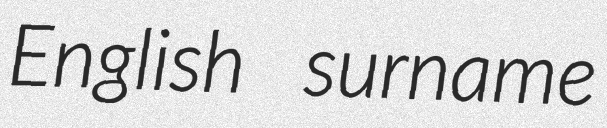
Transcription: English surname